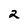
Character: 2